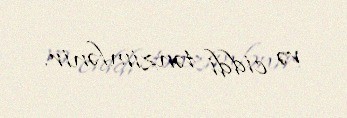
və ciddi tənzimlənir.